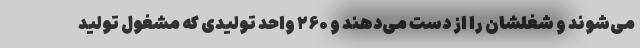
می‌شوند و شغلشان را از دست می‌دهند و ۲۶۰ واحد تولیدی که مشغول تولید